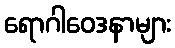
ရောဂါဝေဒနာများ